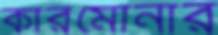
কারমোনার